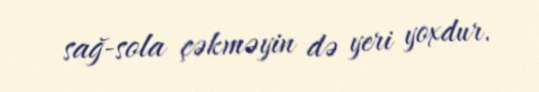
sağ-sola çəkməyin də yeri yoxdur.